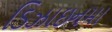
ડિઝાઇનમા